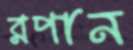
রপান